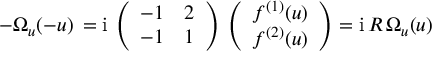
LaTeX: - \Omega _ { u } ( - u ) \, = \mathrm { i } \, \left( \begin{array} { l l } { { - 1 } } & { { 2 } } \\ { { - 1 } } & { { 1 } } \end{array} \right) \, \left( \begin{array} { l } { { f ^ { ( 1 ) } ( u ) } } \\ { { f ^ { ( 2 ) } ( u ) } } \end{array} \right) = \mathrm { i } \, R \, \Omega _ { u } ( u )